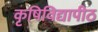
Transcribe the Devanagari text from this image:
कृषिविद्यापीठ